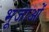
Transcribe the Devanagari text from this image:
भूजाओं